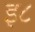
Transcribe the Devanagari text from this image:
इ८